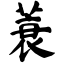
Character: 蓑